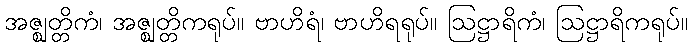
အဇ္ဈတ္တိကံ၊ အဇ္ဈတ္တိကရုပ်။ ဗာဟိရံ၊ ဗာဟိရရုပ်။ ဩဋ္ဌာရိကံ၊ ဩဋ္ဌာရိကရုပ်။